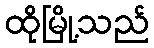
ထိုမြို့သည်